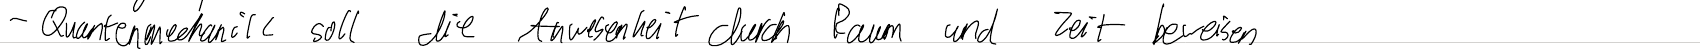
- Quantenmechanik soll die Anwesenheit durch Raum und Zeit beweisen